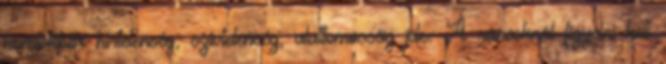
homlokbőr hirtelenség, szívtelenség, alattomosság jele. A ráncoknál figyelni kell